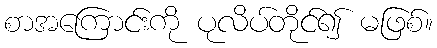
စာအကြောင်းကို ပုလိပ်တိုင်၍ မဖြစ်။